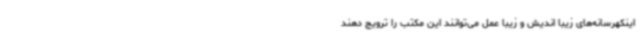
اینکهرسانه‌های زیبا اندیش و زیبا عمل می‌توانند این مکتب را ترویج دهند